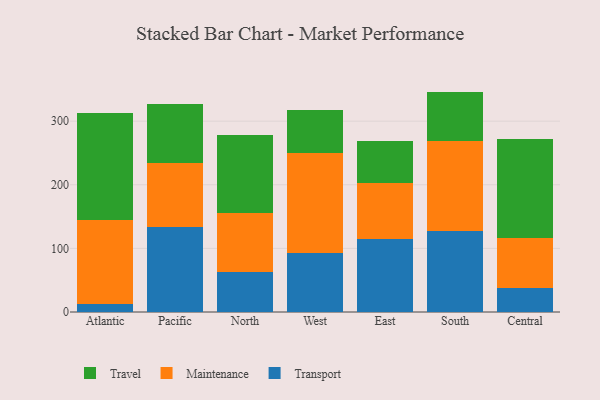
{"axis": {"x": "Region", "y": "Satisfaction Score"}, "legend": ["Maintenance", "Transport", "Travel"], "data": [{"x": "Atlantic", "y": 13.2, "type": "Transport"}, {"x": "Atlantic", "y": 130.8, "type": "Maintenance"}, {"x": "Atlantic", "y": 168.4, "type": "Travel"}, {"x": "Pacific", "y": 133.3, "type": "Transport"}, {"x": "Pacific", "y": 101.6, "type": "Maintenance"}, {"x": "Pacific", "y": 91.4, "type": "Travel"}, {"x": "North", "y": 63.1, "type": "Transport"}, {"x": "North", "y": 91.8, "type": "Maintenance"}, {"x": "North", "y": 122.7, "type": "Travel"}, {"x": "West", "y": 92.7, "type": "Transport"}, {"x": "West", "y": 158.0, "type": "Maintenance"}, {"x": "West", "y": 67.0, "type": "Travel"}, {"x": "East", "y": 114.3, "type": "Transport"}, {"x": "East", "y": 88.4, "type": "Maintenance"}, {"x": "East", "y": 66.0, "type": "Travel"}, {"x": "South", "y": 127.6, "type": "Transport"}, {"x": "South", "y": 141.6, "type": "Maintenance"}, {"x": "South", "y": 77.3, "type": "Travel"}, {"x": "Central", "y": 38.5, "type": "Transport"}, {"x": "Central", "y": 78.0, "type": "Maintenance"}, {"x": "Central", "y": 155.7, "type": "Travel"}]}